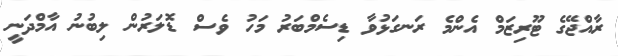
ރާއްޖޭގެ ޓޫރިޒަމް އެންމެ ރަނގަޅުވާ ޑިސެމްބަރު މަހު ވެސް ޑޮލަރުން ލިބުނު އާމްދަނީ